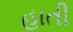
હાતી